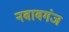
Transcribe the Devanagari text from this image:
नबाबगंज